Indian journal of veterinary science and animal husbandry - Volumes 22-23, 1952-1953
Year: 1952
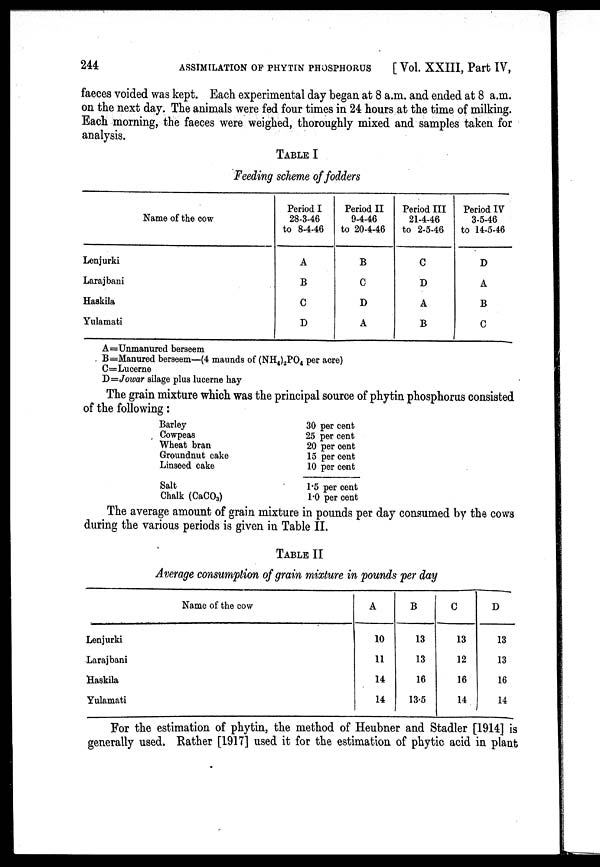
244
ASSIMILATION
OF
PHYTIN
PHOSPHORUS
[ Vol. XXIII, Part IV,
faeces voided was kept. Each experimental day began at 8 a.m. and ended at 8 a.m.
on the next day. The animals were fed four times in 24 hours at the time of milking.
Each morning, the faeces were weighed, thoroughly mixed and samples taken for
analysis.
TABLE I
Feeding scheme of fodders
Name of the cow
Lenjurki
Larajbani
Haskila
Yulamati
Period I
28-3-46
to 8-4-46
A
B
C
D
Period II
9-4-46
to 20-4-46
B
C
D
A
Period III
21-4-46
to 2-5-46
C
D
A
B
Period IV
3-5-46
to 14-5-46
D
A
B
C
A=Unmanured berseem
B=Manured berseem—(4 maunds of (NH 4 ) 2 PO 4 per acre)
C=Lucerne
D=Jowar silage plus lucerne hay
The grain mixture which was the principal source of phytin phosphorus consisted
of the following:
Barley
Cowpeas
Wheat bran
Groundnut cake
Linseed cake
Salt
Chalk (CaCO 3 )
30 per cent
25 per cent
20 per cent
15 per cent
10 per cent
1.5 per cent
1.0 per cent
The average amount of grain mixture in pounds per day consumed by the cows
during the various periods is given in Table II.
TABLE II
Average consumption of grain mixture in pounds per day
Name of the cow
Lenjurki
Larajbani
Haskila
Yulamati
A
10
11
14
14
B
13
13
16
13.5
C
13
12
16
14
D
13
13
16
14
For the estimation of phytin, the method of Heubner and Stadler [1914] is
generally used. Rather [1917] used it for the estimation of phytic acid in plant